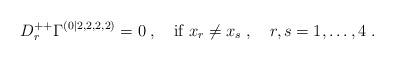
LaTeX: \begin{align*} D^{++}_r\Gamma^{(0|2,2,2,2)} = 0\;, \quad \mbox{if } x_r\neq x_s\;, \quad r,s=1,\ldots,4 \;.\end{align*}